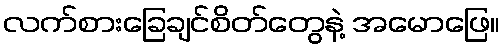
လက်စားခြေချင်စိတ်တွေနဲ့ အမောဖြေ။